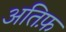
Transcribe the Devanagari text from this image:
अतिफ़